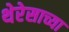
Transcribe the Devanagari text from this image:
थेरेसाच्या